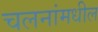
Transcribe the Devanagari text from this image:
चलनांमधील